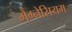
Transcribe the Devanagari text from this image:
मैंग्नेसियम